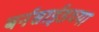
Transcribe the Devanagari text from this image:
बर्नसाईडच्या